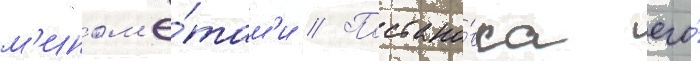
м'ином'ё́там'и // Постано́вка его́